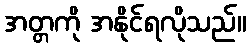
အတ္တကို အနိုင်ရလိုသည်။